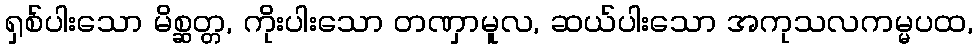
ရှစ်ပါးသော မိစ္ဆတ္တ, ကိုးပါးသော တဏှာမူလ, ဆယ်ပါးသော အကုသလကမ္မပထ,